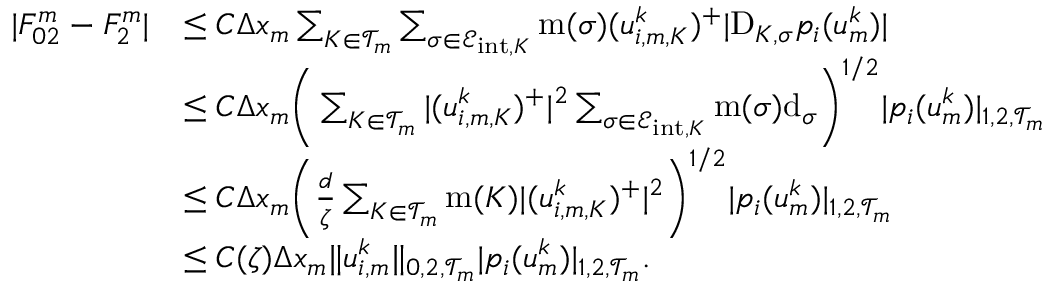
\begin{array} { r l } { | F _ { 0 2 } ^ { m } - F _ { 2 } ^ { m } | } & { \le C \Delta x _ { m } \sum _ { K \in { \mathcal T } _ { m } } \sum _ { \sigma \in { \mathcal E } _ { \mathrm { i n t } , K } } \operatorname { m } ( \sigma ) ( u _ { i , m , K } ^ { k } ) ^ { + } | \mathrm { D } _ { K , \sigma } p _ { i } ( u _ { m } ^ { k } ) | } \\ & { \le C \Delta x _ { m } \bigg ( \sum _ { K \in { \mathcal T } _ { m } } | ( u _ { i , m , K } ^ { k } ) ^ { + } | ^ { 2 } \sum _ { \sigma \in { \mathcal E } _ { \mathrm { i n t } , K } } \operatorname { m } ( \sigma ) { \operatorname { d } } _ { \sigma } \bigg ) ^ { 1 / 2 } | p _ { i } ( u _ { m } ^ { k } ) | _ { 1 , 2 , { \mathcal T } _ { m } } } \\ & { \le C \Delta x _ { m } \bigg ( \frac { d } { \zeta } \sum _ { K \in { \mathcal T } _ { m } } \operatorname { m } ( K ) | ( u _ { i , m , K } ^ { k } ) ^ { + } | ^ { 2 } \bigg ) ^ { 1 / 2 } | p _ { i } ( u _ { m } ^ { k } ) | _ { 1 , 2 , { \mathcal T } _ { m } } } \\ & { \le C ( \zeta ) \Delta x _ { m } \| u _ { i , m } ^ { k } \| _ { 0 , 2 , { \mathcal T } _ { m } } | p _ { i } ( u _ { m } ^ { k } ) | _ { 1 , 2 , { \mathcal T } _ { m } } . } \end{array}